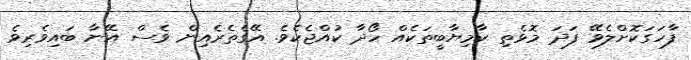
ފާހަގަކޮށްލެވޭ ފަދަ މޮޅެތި ކާމިޔާބީތަކެއް ހޯދާ ކުއްޖެކެވެ. އޭގެތެރެއިން ވެސް އޭނާ ބައިވެރިވެ